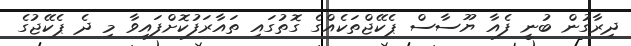
ދިރާގުން ބުނީ ފެއާ ޔޫސާސް ޕެކޭޖްތަކެއްގެ ގޮތުގައި ތައާރަފުކޮށްފައިވާ މި ދެ ޕެކޭޖުގެ